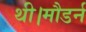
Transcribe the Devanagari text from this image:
थी।मौडर्न